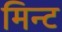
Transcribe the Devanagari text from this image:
मिन्‍ट